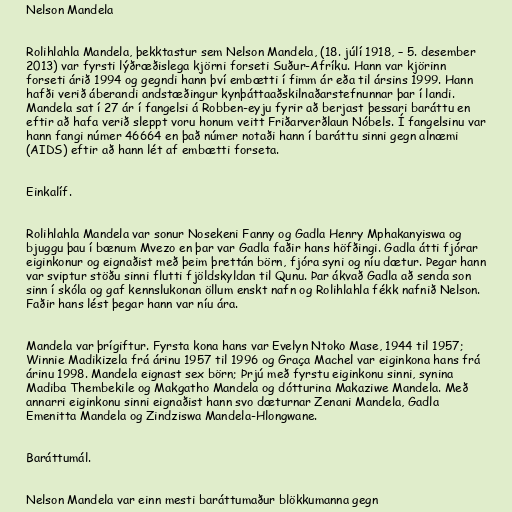
Nelson Mandela

Rolihlahla Mandela, þekktastur sem Nelson Mandela, (18. júlí 1918, – 5. desember
2013) var fyrsti lýðræðislega kjörni forseti Suður-Afríku. Hann var kjörinn
forseti árið 1994 og gegndi hann því embætti í fimm ár eða til ársins 1999. Hann
hafði verið áberandi andstæðingur kynþáttaaðskilnaðarstefnunnar þar í landi.
Mandela sat í 27 ár í fangelsi á Robben-eyju fyrir að berjast þessari baráttu en
eftir að hafa verið sleppt voru honum veitt Friðarverðlaun Nóbels. Í fangelsinu var
hann fangi númer 46664 en það númer notaði hann í baráttu sinni gegn alnæmi
(AIDS) eftir að hann lét af embætti forseta.

Einkalíf.

Rolihlahla Mandela var sonur Nosekeni Fanny og Gadla Henry Mphakanyiswa og
bjuggu þau í bænum Mvezo en þar var Gadla faðir hans höfðingi. Gadla átti fjórar
eiginkonur og eignaðist með þeim þrettán börn, fjóra syni og níu dætur. Þegar hann
var sviptur stöðu sinni flutti fjöldskyldan til Qunu. Þar ákvað Gadla að senda son
sinn í skóla og gaf kennslukonan öllum enskt nafn og Rolihlahla fékk nafnið Nelson.
Faðir hans lést þegar hann var níu ára.

Mandela var þrígiftur. Fyrsta kona hans var Evelyn Ntoko Mase, 1944 til 1957;
Winnie Madikizela frá árinu 1957 til 1996 og Graça Machel var eiginkona hans frá
árinu 1998. Mandela eignast sex börn; Þrjú með fyrstu eiginkonu sinni, synina
Madiba Thembekile og Makgatho Mandela og dótturina Makaziwe Mandela. Með
annarri eiginkonu sinni eignaðist hann svo dæturnar Zenani Mandela, Gadla
Emenitta Mandela og Zindziswa Mandela-Hlongwane.

Baráttumál.

Nelson Mandela var einn mesti baráttumaður blökkumanna gegn